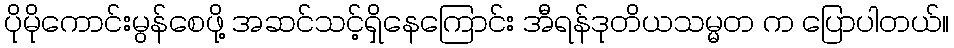
ပိုမိုကောင်းမွန်စေဖို့ အဆင်သင့်ရှိနေကြောင်း အီရန်ဒုတိယသမ္မတ က ပြောပါတယ်။